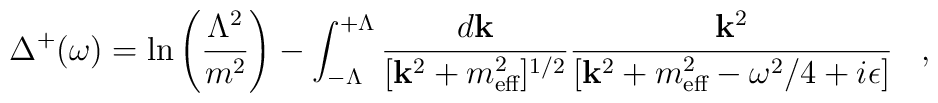
\Delta^{+}(\omega)=\ln\left(\frac{\Lambda^{2}}{m^{2}}\right) - \int_{-\Lambda}^{+\Lambda}\frac{d{\bf k}}{[{\bf k}^{2}+m_{\mbox{\scriptsize eff}}^{2}]^{1/2}}\frac{{\bf k}^{2}}{[{\bf k}^{2}+m_{\mbox{\scriptsize eff}}^{2}-\omega^{2}/4+i\epsilon]}\;\;\;,